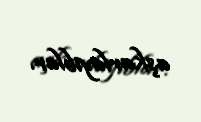
aşkarlayıblar.